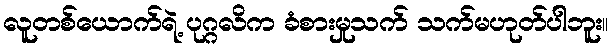
လူတစ်ယောက်ရဲ့ ပုဂ္ဂလိက ခံစားမှုသက် သက်မဟုတ်ပါဘူး။